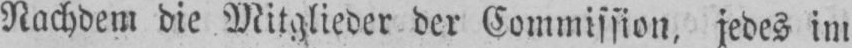
Nachdem die Mitglieder der Commission, jedes im